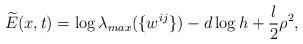
LaTeX: \begin{align*}\widetilde{E}(x,t)=\log \lambda_{max}(\{w^{ij}\})-d\log h+\frac{l}{2}\rho^{2},\end{align*}